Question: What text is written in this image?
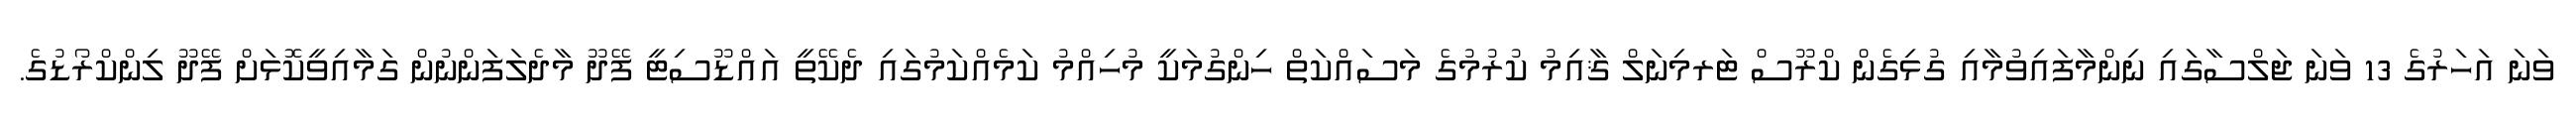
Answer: ވަނަ އަހަރުގެ 13 ވަނަ ޖަލްސާގައި ނިންމާފައިވުމާއި ގުޅިގެން ކްރޫސް ޓަރމިނަލް ޤާއިމު ކުރުމުގެ މަސައްކަތް ހިންގުމަކީ މުހިއްމު ކަމެއްކަމުގައި ދެކޭތީ އައްޑޫސިޓީ ފޭދޫ މާދެލަފަންނުން ގަމާއިވީކޮޅަށް ފޭދޫ ލިންކްރޯޑުގެ.